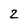
Character: 2